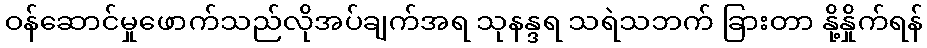
ဝန်ဆောင်မှုဖောက်သည်လိုအပ်ချက်အရ သုနန္ဒရ သရဲသဘက် ခြားတာ နို့နှိုက်ရန်